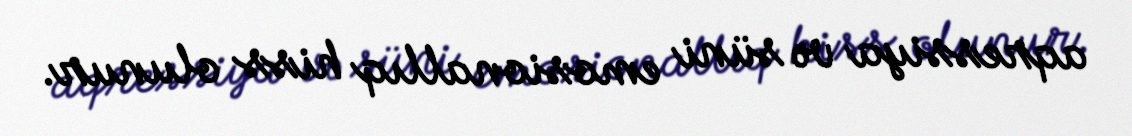
aqressiya və süni emosionallıq hiss olunur.